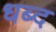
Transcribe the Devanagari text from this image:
धब्द